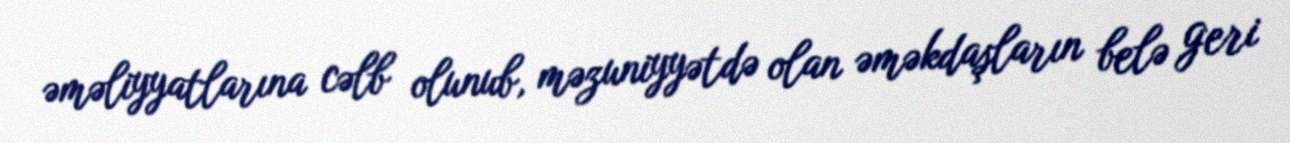
əməliyyatlarına cəlb olunub, məzuniyyətdə olan əməkdaşların belə geri